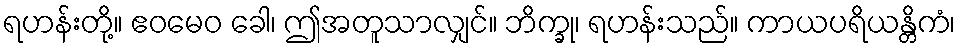
ရဟန်းတို့။ ဧဝမေဝ ခေါ၊ ဤအတူသာလျှင်။ ဘိက္ခု၊ ရဟန်းသည်။ ကာယပရိယန္တိကံ၊